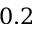
0 . 2